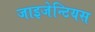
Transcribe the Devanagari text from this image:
जाइजेन्टियस